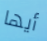
أيها